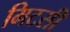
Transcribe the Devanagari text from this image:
मिटसी